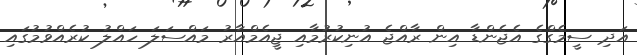
އަދި ސީމެގްގެ އެޖެންޑާ އިން ރާއްޖެ އުނިކުރުމާއި ޖީއެމްއާރު މައްސަލަ ހައްލު ކުރެއްވުމުގައި